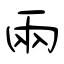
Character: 兩